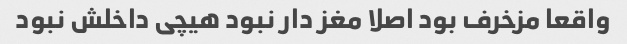
واقعا مزخرف بود اصلا مغز دار نبود هیچی داخلش نبود